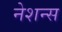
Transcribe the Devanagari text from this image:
नेशन्‍स